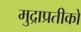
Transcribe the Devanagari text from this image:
मुद्राप्रतीकों